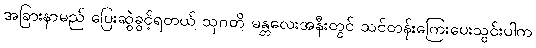
အခြားနာမည် ပြေးဆွဲခွင့်ရတယ် သုဂတိ မန္တလေးအနီးတွင် သင်တန်းကြေးပေးသွင်းပါက